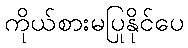
ကိုယ်စားမပြုနိုင်ပေ